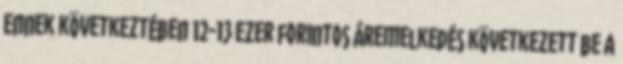
Ennek következtében 12-13 ezer forintos áremelkedés következett be a